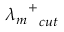
{ { \lambda _ { m } } ^ { + } } _ { c u t }